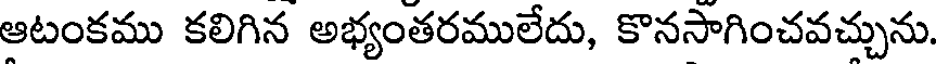
ఆటంకము కలిగిన అభ్యంతరములేదు, కొనసాగించవచ్చును.